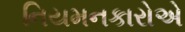
નિયમનકારોએ